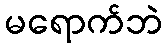
မရောက်ဘဲ